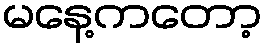
မနေ့ကတော့